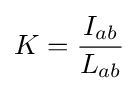
K={\frac {I_{ab}}{L_{ab}}}